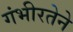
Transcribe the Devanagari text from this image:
गंभीरतेने